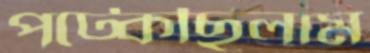
পট্‌কেছিলাম